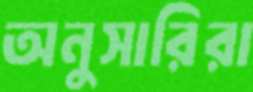
অনুসারিরা